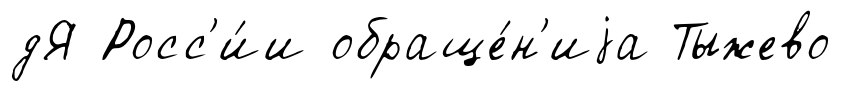
дЯ Росс'и́и обраще́н'иjа Тыжево